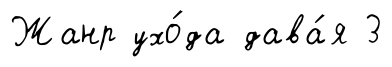
Жанр ухо́да дава́я 3